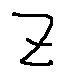
z